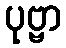
ပုဗ္ဗာ